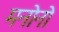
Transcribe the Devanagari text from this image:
मनोनो